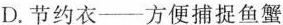
D.节约衣——方便捕捉鱼蟹